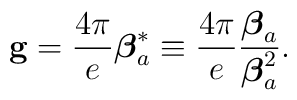
{\bf g}=\frac{4\pi}{e} \mbox{\boldmath $\beta$}_a^*\equiv\frac{4\pi}{e} \frac{\mbox{\boldmath $\beta$}_a}{\mbox{\boldmath $\beta$}_a^2}.